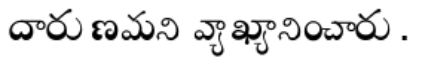
దారుణమని వ్యాఖ్యానించారు.